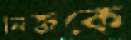
নিজকে